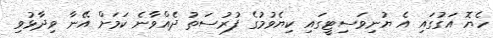
ހެޔޮ އަގުގައި އެ ޔުނިވަސިޓީގައި ކިޔެވުމުގެ ފުރުސަތު ދެއްވާނެ ކަމަށް އޭނާ ވިދާޅުވި